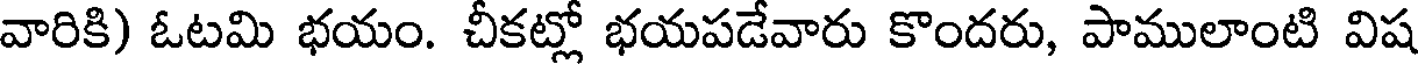
వారికి) ఓటమి భయం. చీకట్లో భయపడేవారు కొందరు, పాములాంటి విష